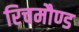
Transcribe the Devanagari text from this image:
रिचमौण्ड